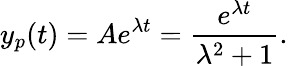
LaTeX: y_{p}(t)=Ae^{\lambda t}={\frac{e^{\lambda t}}{\lambda^{2}+1}}.